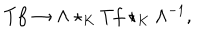
LaTeX: T f \rightarrow \Lambda \star _ { K } T f \star _ { K } \Lambda ^ { - 1 } ,